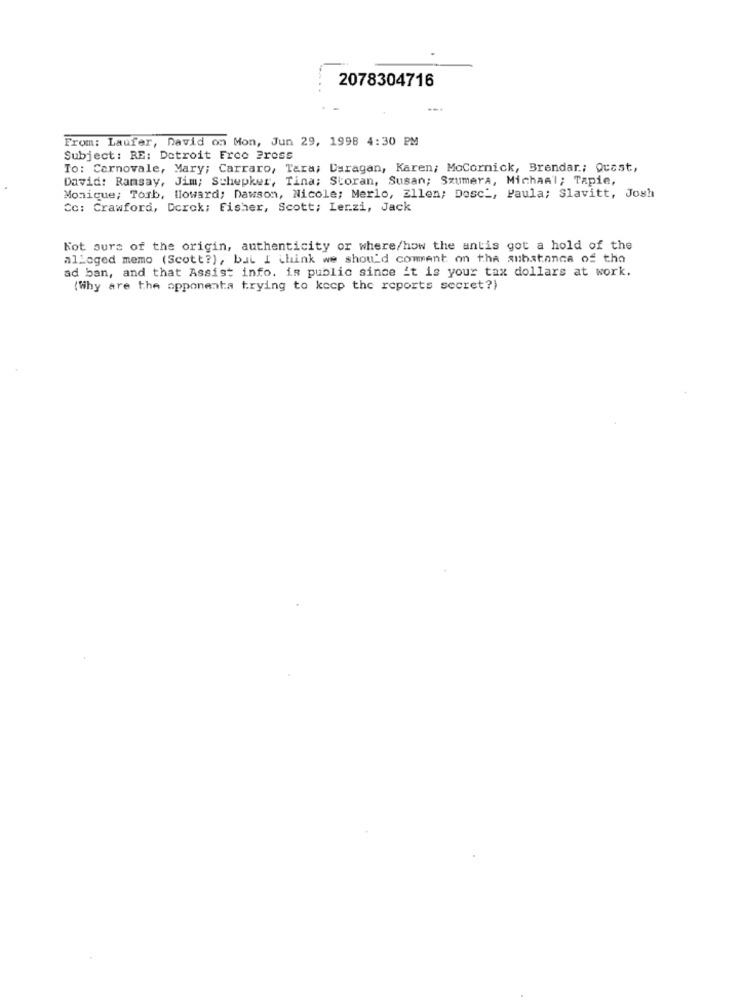
2078304716
From: Laufer, David on Mon, Jun 29, 1998 4:30 PM
Subject: RE: Detroit Free Press
To: Carnovale, Mary; Carraro, Tara; Daragan, Karen; MoCornick, Brendar .; Quast,
David: Ramsay, Jim; Schepker, Tina; Storan, Susan; Szumera, Michael; Tapie,
Monique; Torb, Howard; Dawson, Nicole; Merlo, Ellen; Dosc", Paula; Slavitt, Josh
Cc: Crawford, Derok; Fisher, Scott; Ler.zi, Jack
Kot ours of the origin, authenticity or where/how the antis got a hold of the
alleged memo (Scott?), but I think we shou'd coment on the substance of tho
ad ban, and that Assist info. is public since it is your tax dollars at work.
(Why are the opponenta trying to kocp the reports secret?)